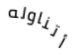
أتناوله